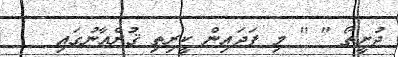
ދުށީތޯ " " މި ފަދައިން ކީރިތި ޤުރްއާނުގައި